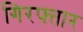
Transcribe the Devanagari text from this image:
गिरफ्तार